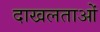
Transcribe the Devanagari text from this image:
दाखलताओं